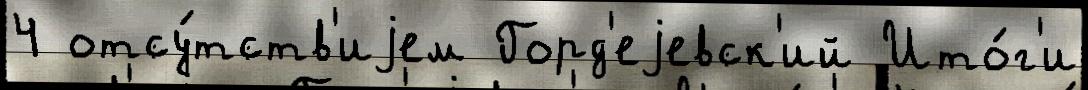
4 отсу́тств'иjем Горд'еjевск'ий Ито́г'и